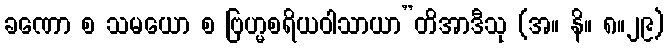
ခဏော စ သမယော စ ဗြဟ္မစရိယဝါသာယာ”တိအာဒီသု (အ။ နိ။ ၈။၂၉)